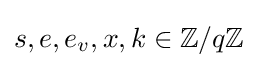
s,e,e_{v},x,k\in \mathbb {Z} /q\mathbb {Z}